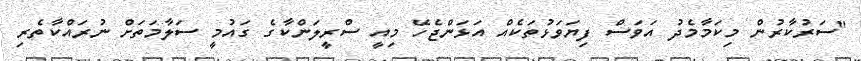
"ސަރުކާރުން މިކަމާމެދު އަވަސް ފިޔަވަޅުތަކެއް އަޅަންޖެހޭ މިއީ ސްރީލަންކާގެ ގައުމީ ސަލާމަތަށް ނުރައްކާތެރި